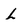
Character: L